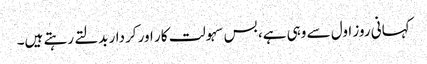
کہانی روز اول سے وہی ہے، بس سہولت کار اور کردار بدلتے رہتے ہیں۔